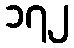
၁၇၂